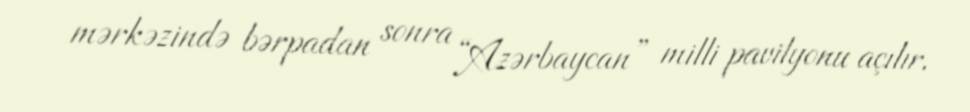
mərkəzində bərpadan sonra “Azərbaycan” milli pavilyonu açılır.